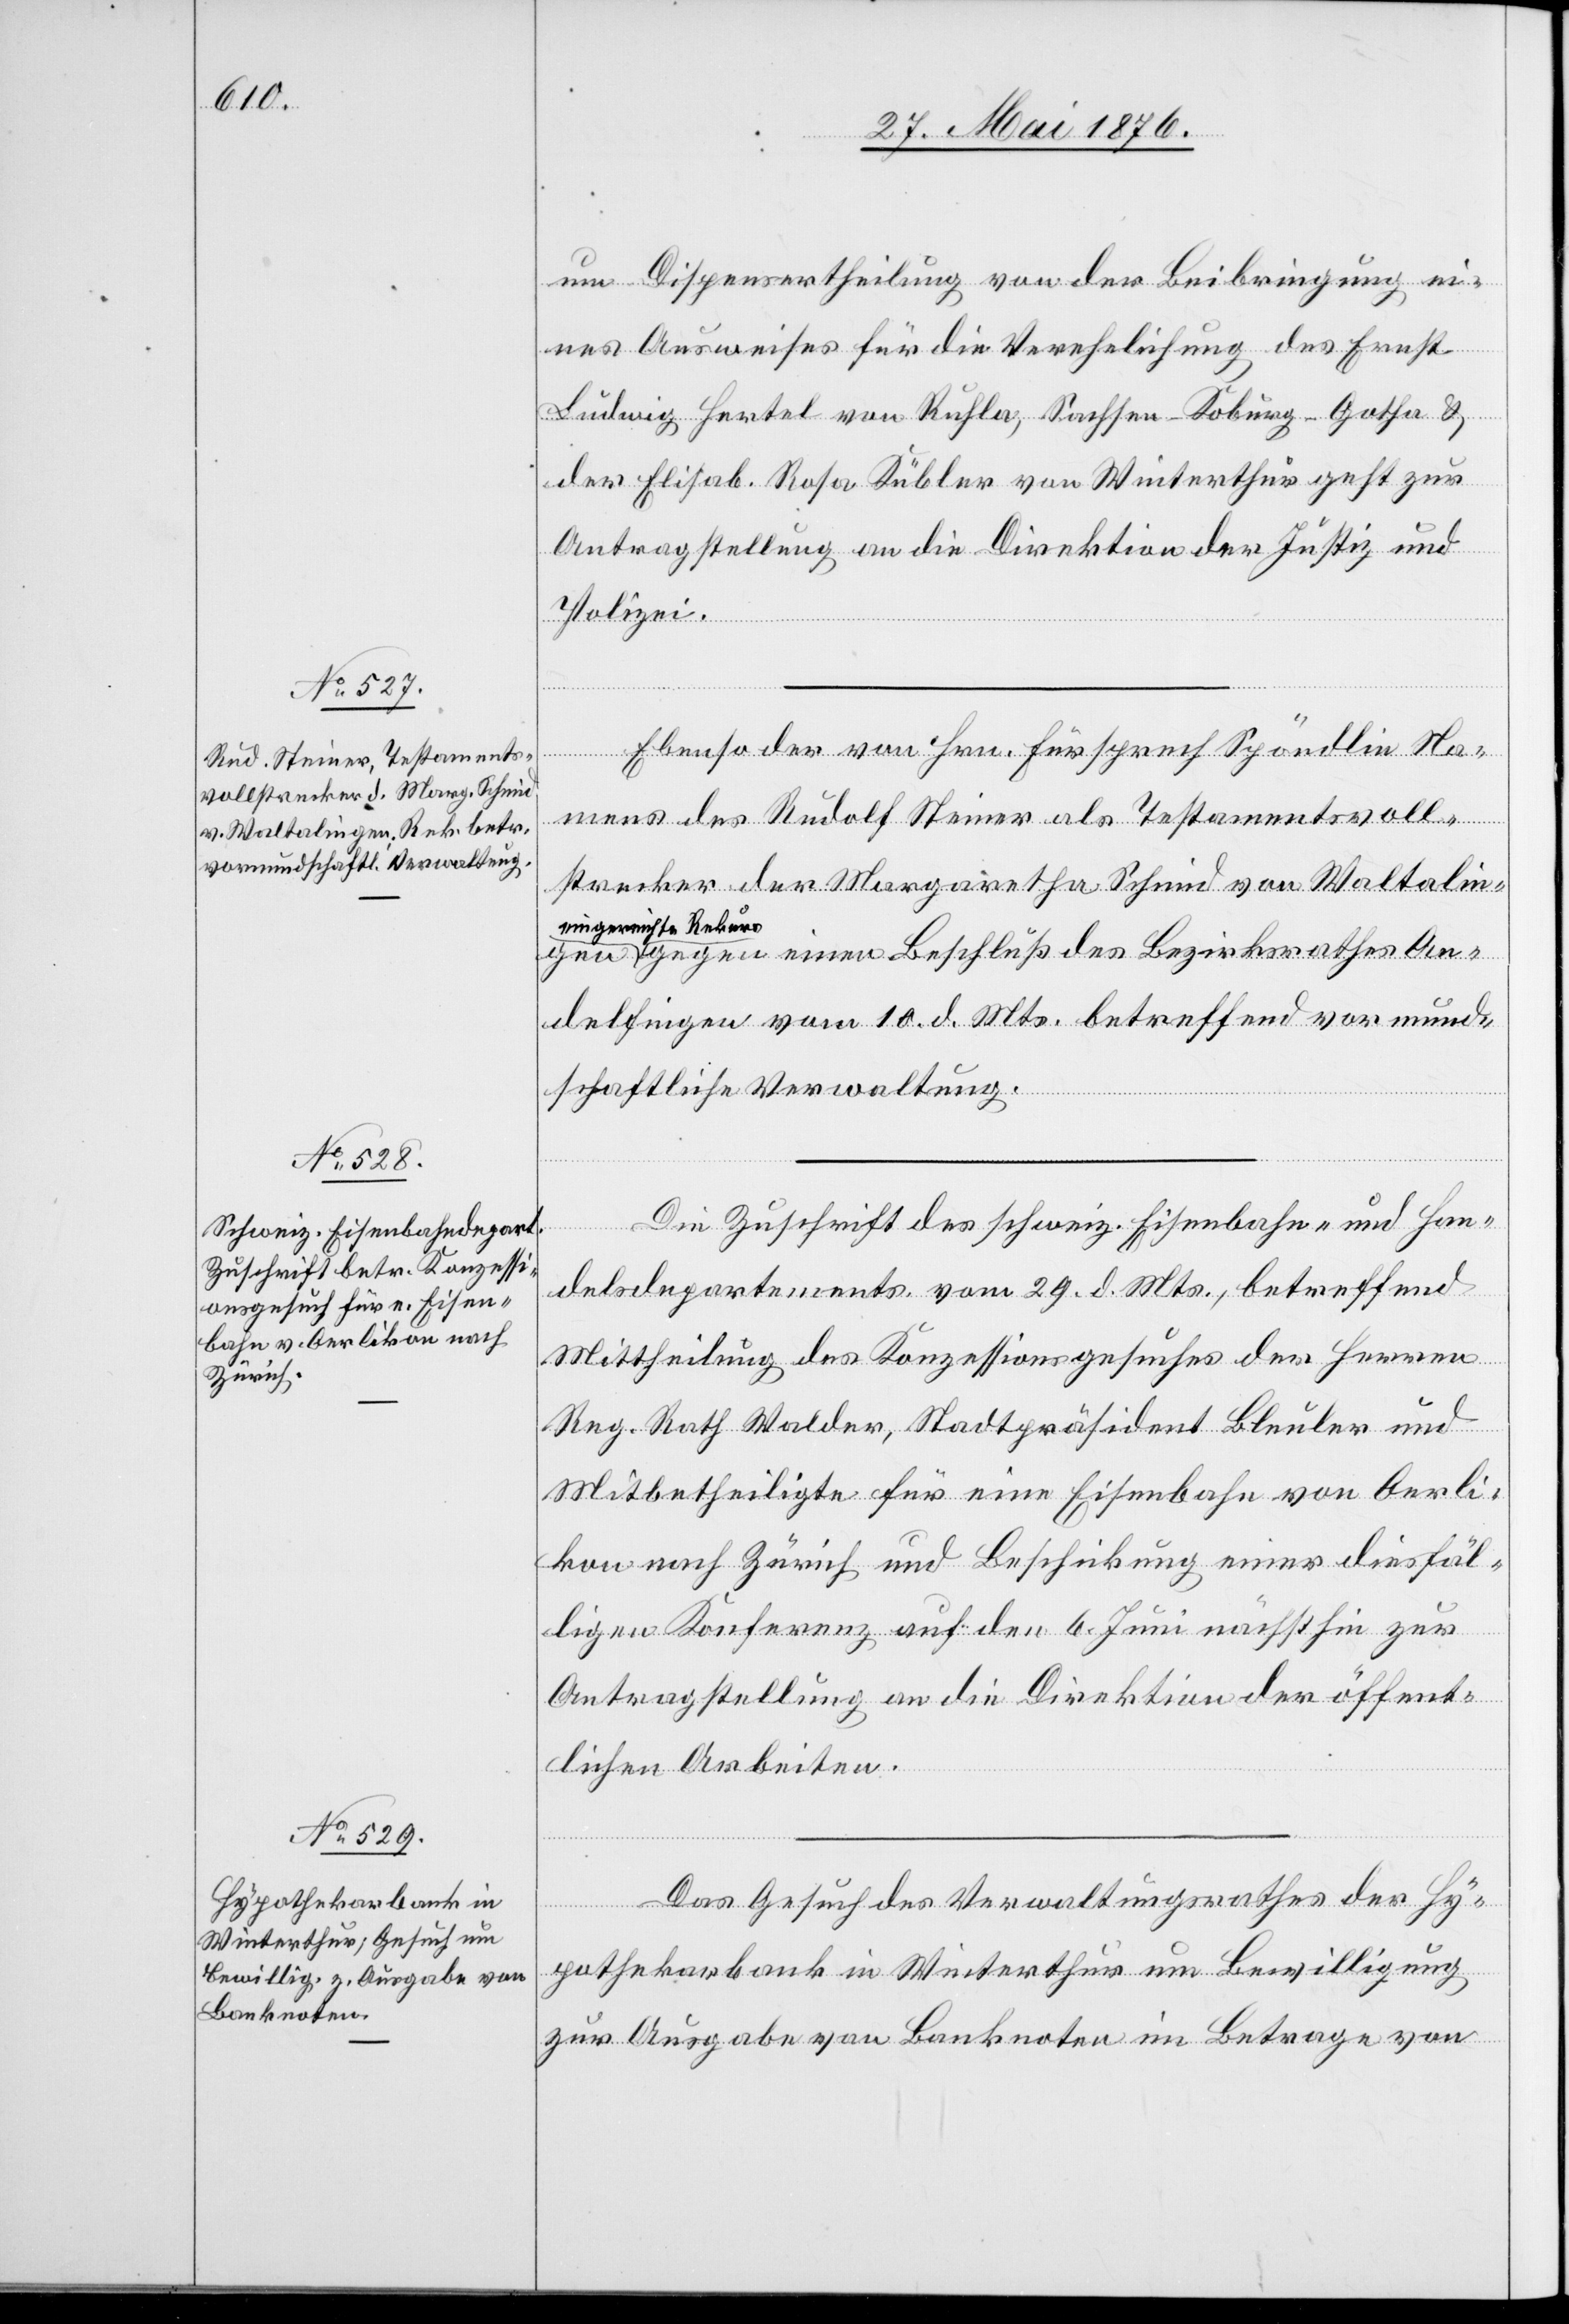
31. Mai 1876.]
um Dispensertheilung von der Beibringung e¬
ines Ausweises für die Verehelichung des Ernst
Ludwig Hertel von Ruhla, Sachsen - Koburg - Gotha &
der Elisab. Rosa Kübler von Winterthur geht zur
Antragstellung an die Direktion der Justiz und
Polizei.
Ebenso der von Hrn. Fürsprech Spöndlin Na¬
mens des Rudolf Steiner als Testamentsvoll¬
strecker der Margaretha Schmid von Waltaling¬
a-eingereichte Rekur¬
s-a gegen einen Beschluß des Bezirksrathes An¬
delfingen vom 10. d. Mts. betreffend vormund¬
schaftliche Verwaltung.
Die Zuschrift des schweiz. Eisenbahn- und Han¬
delsdepartements vom 29. d. Mts., betreffend
Mittheilung des Konzessionsgesuches der Herren
Re. Rath Walder, Stadtpräsident Bleuler und
Mitbetheiligte für eine Eisenbahn von Oerli¬
kon nach Zürich und Beschickung einer dießfäl¬
ligen Konferenz auf den 6. Juni nächsthin zur
Antragstellung an die Direktion der öffent¬
lichen Arbeiten.
Das Gesuch des Verwaltungsrathes der Hy¬
pothekarbank in Winterthur um Bewilligung
zur Ausgabe von Banknoten im Betrage von

en